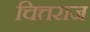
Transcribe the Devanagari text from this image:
चित्तराज